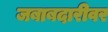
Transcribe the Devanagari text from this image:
जबाबदारीवर